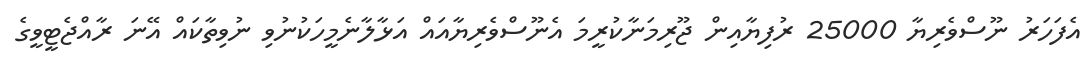
އެފަހަރު ނޫސްވެރިޔާ 25000 ރުފިޔާއިން ޖޫރިމަނާކުރީމަ އެނޫސްވެރިޔާއައް އަޅާލާނެމީހަކުނުވި ނުވިތާކައް އޭނަ ރާއްޖެޓީވީގެ